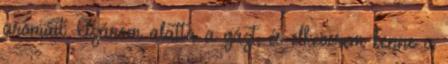
aromáit. Elzárom alatta a gázt, és elkeverem benne a